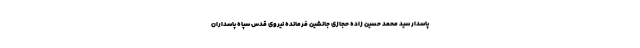
پاسدار سید محمد حسین زاده حجازی جانشین فرمانده نیروی قدس سپاه پاسداران